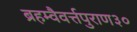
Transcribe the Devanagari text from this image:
ब्रहम्वैवर्त्तपुराण३०